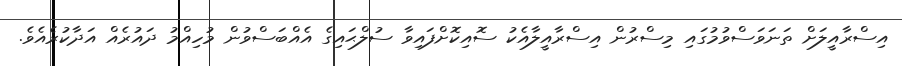
އިސްރާއީލަށް ތަނަވަސްވުމުގައި މިސްރުން އިސްރާއީލާއެކު ސޮއިކޮށްފައިވާ ސުލްޙައިގެ އެއްބަސްވުން މުހިއްމު ދައުރެއް އަދާކުރެއެވެ.